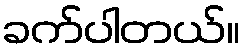
ခက်ပါတယ်။